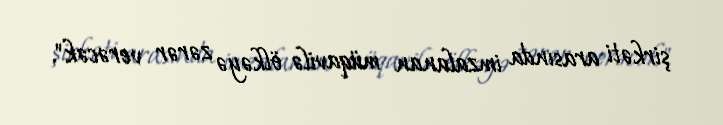
şirkəti arasında imzalanan müqavilə ölkəyə zərər verəcək".